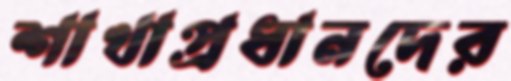
শাখাপ্রধানদের